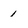
Character: 1